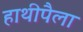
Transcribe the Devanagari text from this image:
हाथीपैला